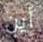
أين